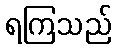
ရကြသည်